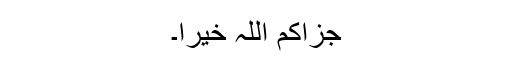
جزاکم اللہ خیرًا۔